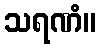
သရဏံ။